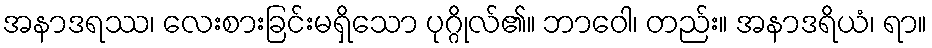
အနာဒရဿ၊ လေးစားခြင်းမရှိသော ပုဂ္ဂိုလ်၏။ ဘာဝေါ၊ တည်း။ အနာဒရိယံ၊ ရာ။